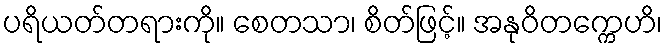
ပရိယတ်တရားကို။ စေတသာ၊ စိတ်ဖြင့်။ အနုဝိတက္ကေဟိ၊